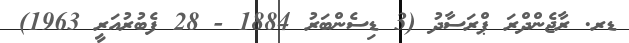
ޑރ. ރާޖެންދްރަ ޕްރަސާދު (3 ޑިސެންބަރު 1884 - 28 ފެބުރުއަރީ 1963)